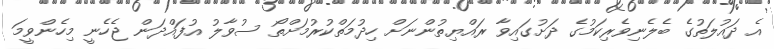
އެ ދައުލަތުގެ ބެލެނިވެރިކަމުގެ ދަށުގައިވާ ރައްޔިތުންނަށް ހިދުމަތްކުރުމަށްތޯ ސުވާލު އުފައްދަން ޖެހެނީ މިހެންވީމަ